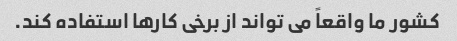
کشور ما واقعاً می تواند از برخی کارها استفاده کند.